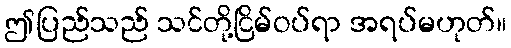
ဤပြည်သည် သင်တို့ငြိမ်ဝပ်ရာ အရပ်မဟုတ်။